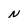
Character: N